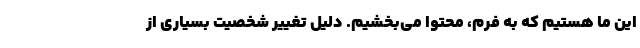
این ما هستیم که به فرم، محتوا می‌بخشیم. دلیل تغییر شخصیت بسیاری از